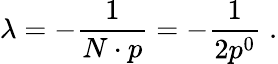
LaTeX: \lambda=-\frac{1}{N\cdot p}=-\frac{1}{2p^{0}}\; .